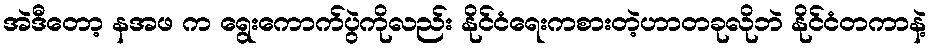
အဲဒီတော့ နအဖ က ရွေးကောက်ပွဲကိုလည်း နိုင်ငံရေးကစားတဲ့ဟာတခုလိုဘဲ နိုင်ငံတကာနဲ့